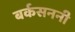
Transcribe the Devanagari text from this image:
बर्कसननी